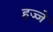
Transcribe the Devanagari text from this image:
हज्जे